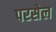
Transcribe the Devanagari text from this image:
परसेल